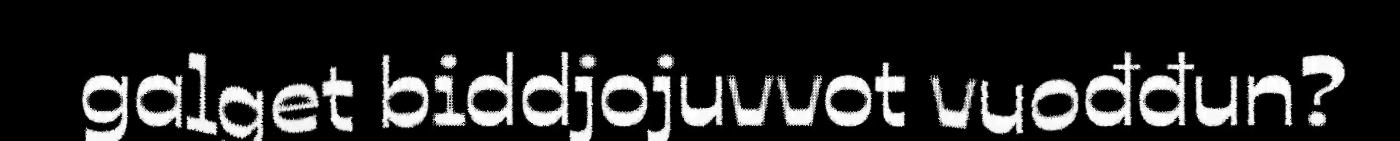
galget biddjojuvvot vuođđun?